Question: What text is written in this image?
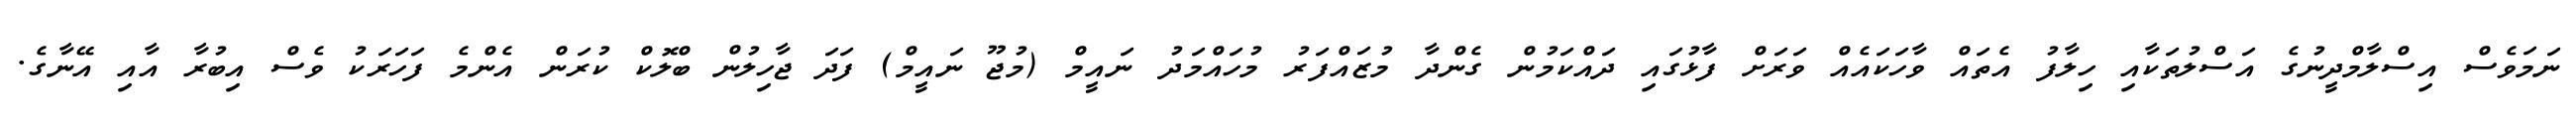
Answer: ނަމަވެސް އިސްލާމްދީނުގެ އަސްލުތަކާއި ހިލާފު އެތައް ވާހަކައެއް ވަރަށް ފާޅުގައި ދައްކަމުން ގެންދާ މުޒައްފަރު މުހައްމަދު ނައީމް (މުޖޫ ނައީމް) ފަދަ ޖާހިލުން ބްލޮކް ކުރަން އެންމެ ފަހަރަކު ވެސް އިބުރާ އާއި އޭނާގެ.